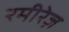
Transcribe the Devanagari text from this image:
रमीरेज़